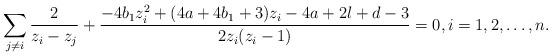
LaTeX: \begin{align*} \sum_{j\ne i} \frac{2}{z_i-z_j} + \frac{- 4b_1z_i^2 + (4a+4b_1+3)z_i - 4a+2l+d-3}{2z_i(z_i-1)} = 0, i=1, 2, \ldots, n.\end{align*}